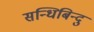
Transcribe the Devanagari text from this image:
सन्धिबिन्दु